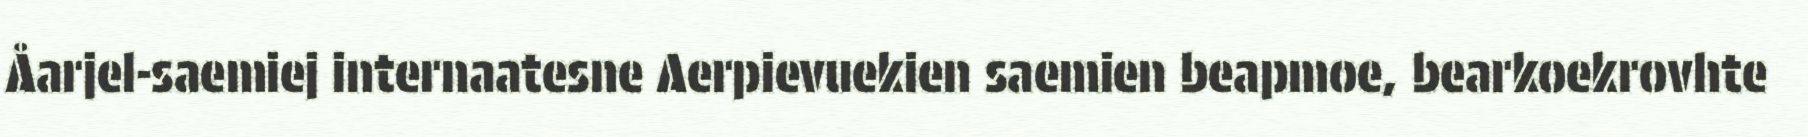
Åarjel-saemiej internaatesne Aerpievuekien saemien beapmoe, bearkoekrovhte